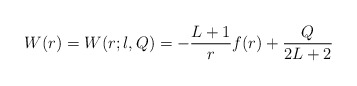
\begin{align*} W(r) = W(r;l,Q) = - \frac{L+1}{r} f(r) + \frac{Q}{2L+2}\end{align*}